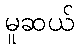
မူဆယ်